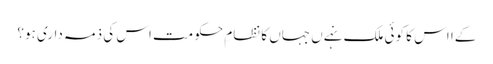
کےا اس کا کوئی ملک نہےں جہاں کا نظامِ حکومت اس کی ذمہ داری ہو؟